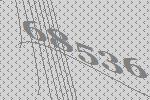
68536